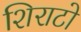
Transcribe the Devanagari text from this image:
शिराटो